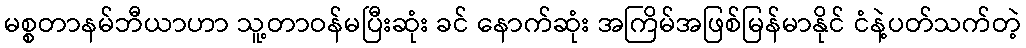
မစ္စတာနမ်ဘီယာဟာ သူ့တာဝန်မပြီးဆုံး ခင် နောက်ဆုံး အကြိမ်အဖြစ်မြန်မာနိုင် ငံနဲ့ပတ်သက်တဲ့